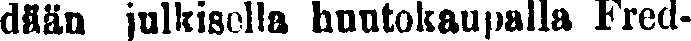
dään julkisella huutokaupalla Fred-